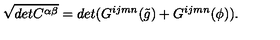
\sqrt { d e t C ^ { \alpha \beta } } = d e t ( G ^ { i j m n } ( \tilde { g } ) + G ^ { i j m n } ( \phi ) ) .